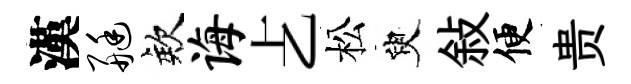
漢艇欸诲𠧒松臾敍便贵